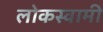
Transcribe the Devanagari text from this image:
लोकस्वामी